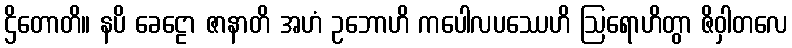
ဌိတောတိ။ နပိ ခေဠော ဇာနာတိ အဟံ ဥဘောဟိ ကပေါလပဿေဟိ ဩရောဟိတွာ ဇိဝှါတလေ